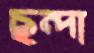
ছন্দা